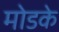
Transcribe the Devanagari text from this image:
मोडके